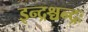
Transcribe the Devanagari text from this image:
इन्द्रश्चन्द्रः